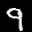
Label: 9